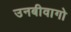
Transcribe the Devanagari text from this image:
उनबीवागो